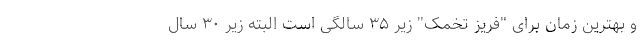
و بهترین زمان برای "فریز تخمک" زیر ۳۵ سالگی است البته زیر ۳۰ سال